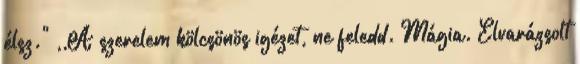
élsz." ,,A szerelem kölcsönös igézet, ne feledd. Mágia. Elvarázsolt